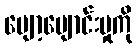
ပျော့ပျောင်းမှုကို